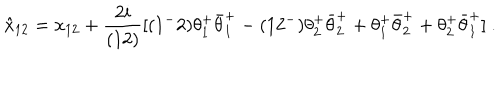
LaTeX: \hat { x } _ { 1 2 } = x _ { 1 2 } + { \frac { 2 i } { ( 1 2 ) } } [ ( 1 ^ { - } 2 ) \theta _ { 1 } ^ { + } \bar { \theta } _ { 1 } ^ { + } - ( 1 2 ^ { - } ) \theta _ { 2 } ^ { + } \bar { \theta } _ { 2 } ^ { + } + \theta _ { 1 } ^ { + } \bar { \theta } _ { 2 } ^ { + } + \theta _ { 2 } ^ { + } \bar { \theta } _ { 1 } ^ { + } ] \ .